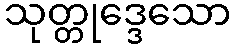
သုတ္တုဒ္ဒေသော